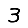
Digit: 3